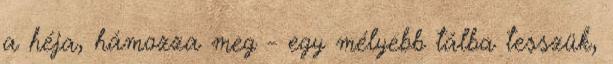
a héja, hámozza meg - egy mélyebb tálba tesszük,